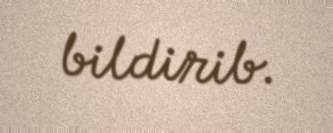
bildirib.